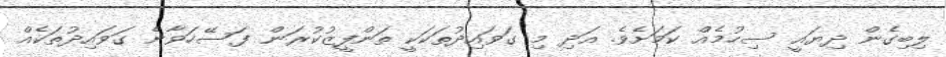
ލިބިގެން ދިޔައީ ސިހުމެއް ކަމަށެވެ. އަދި މި ގަވައިދުތަކަކީ ތަންފީޒުކުރަން ފަސޭހަވާނެ ގަވައިދުތަކެއް